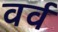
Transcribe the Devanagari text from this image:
वर्व